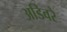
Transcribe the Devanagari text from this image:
अडिवरे